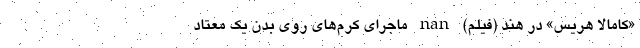
«کامالا هریس» در هند (فیلم) nan ماجرای کِرم‌های روی بدن یک معتاد